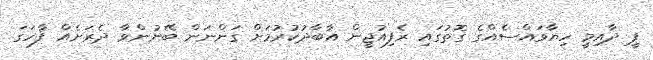
ޕީ ދާއިމީ ހިޔާވައްސެއްގެ ގޮތުގައި ރެފިއުޖީން އާބާދުކުރުމަށް ގަންނަން ބޭނުންވާ ދެރަށެއް ފާހަގަ